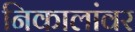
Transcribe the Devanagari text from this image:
निकालांवर